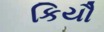
કિયૌ